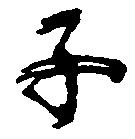
子